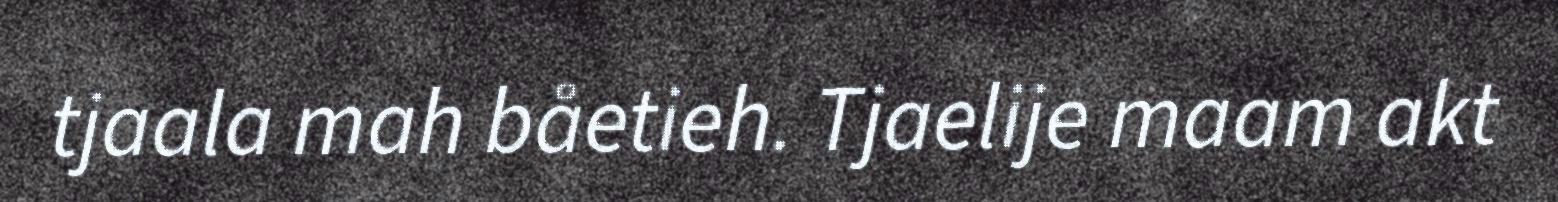
tjaala mah båetieh. Tjaelije maam akt